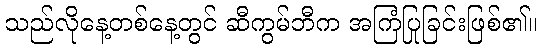
သည်လိုနေ့တစ်နေ့တွင် ဆီကွမ်ဘီက အကြံပြုခြင်းဖြစ်၏။